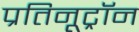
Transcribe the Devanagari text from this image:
प्रतिनूट्रॉन